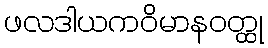
ဖလဒါယကဝိမာနဝတ္ထု